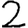
Digit: 2